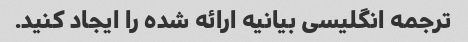
ترجمه انگلیسی بیانیه ارائه شده را ایجاد کنید.